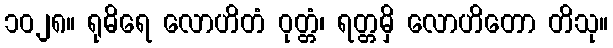
၁၀၂၈။ ရုဓိရေ လောဟိတံ ဝုတ္တံ၊ ရတ္တမှိ လောဟိတော တိသု။